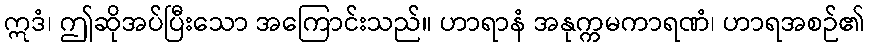
ဣဒံ၊ ဤဆိုအပ်ပြီးသော အကြောင်းသည်။ ဟာရာနံ အနုက္ကမကာရဏံ၊ ဟာရအစဉ်၏